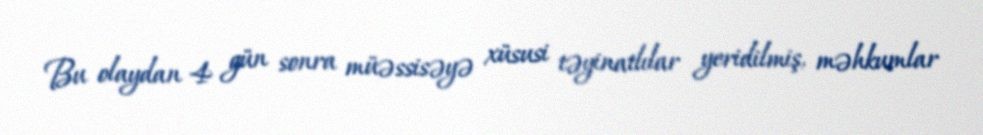
Bu olaydan 4 gün sonra müəssisəyə xüsusi təyinatlılar yeridilmiş, məhkumlar